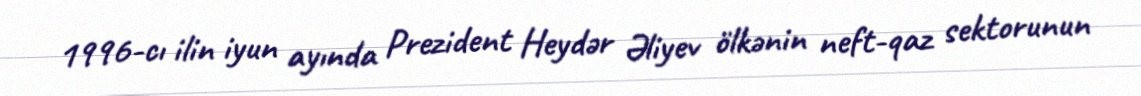
1996-cı ilin iyun ayında Prezident Heydər Əliyev ölkənin neft-qaz sektorunun